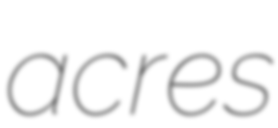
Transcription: acres